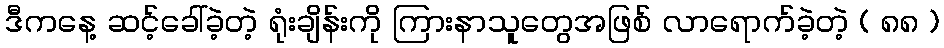
ဒီကနေ့ ဆင့်ခေါ်ခဲ့တဲ့ ရုံးချိန်းကို ကြားနာသူတွေအဖြစ် လာရောက်ခဲ့တဲ့ ( ၈၈ )